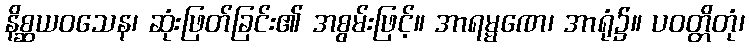
နိစ္ဆယဝသေန၊ ဆုံးဖြတ်ခြင်း၏ အစွမ်းဖြင့်။ အာရမ္မဏေ၊ အာရုံ၌။ ပဝတ္တိတုံ၊